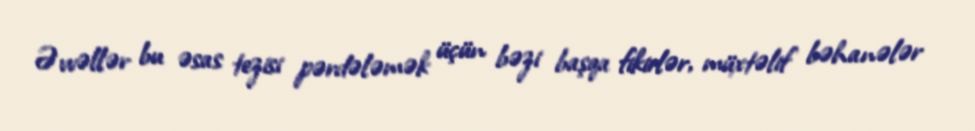
Əvvəllər bu əsas tezisi pərdələmək üçün bəzi başqa fikirlər, müxtəlif bəhanələr